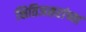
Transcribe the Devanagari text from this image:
क्षितिजसरांच्या